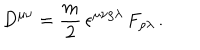
D ^ { \mu \nu } = { \frac { m } { 2 } } \, \epsilon ^ { \mu \nu \rho \lambda } \, F _ { \rho \lambda } \, .